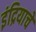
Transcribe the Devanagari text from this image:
इंद्रियाचे